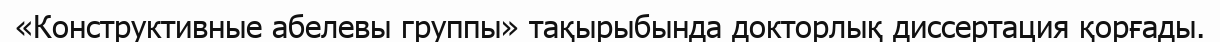
«Конструктивные абелевы группы» тақырыбында докторлық диссертация қорғады.